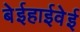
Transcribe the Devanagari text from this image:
बेईहाईवेई